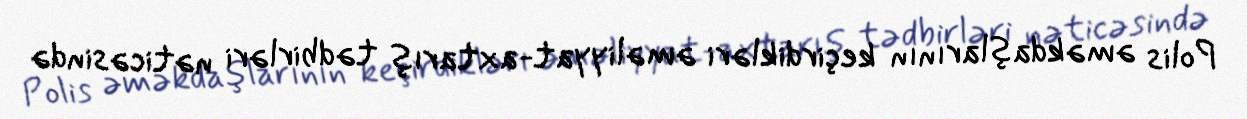
Polis əməkdaşlarının keçirdikləri əməliyyat-axtarış tədbirləri nəticəsində